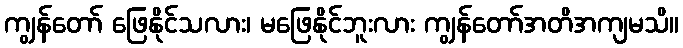
ကျွန်တော် ဖြေနိုင်သလား၊ မဖြေနိုင်ဘူးလား ကျွန်တော်အတိအကျမသိ။